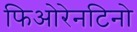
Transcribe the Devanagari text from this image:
फिओरेनटिनो